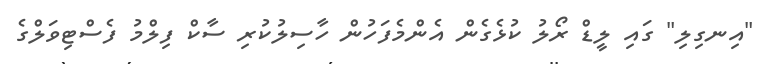
"އިނގިލި" ގައި ލީޑް ރޯލު ކުޅެގެން އެންމެފަހުން ހާސިލުކުރި ސާކް ފިލްމު ފެސްޓިވަލްގެ